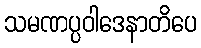
သမဏပ္ပဝါဒေနာတိပေ